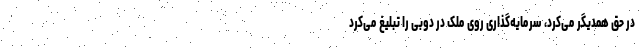
در حق همدیگر می‌کرد، سرمایه‌گذاری روی ملک در دوبی را تبلیغ می‌کرد